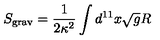
S _ { \mathrm { g r a v } } = \frac { 1 } { 2 \kappa ^ { 2 } } \int d ^ { 1 1 } x \sqrt { g } R